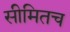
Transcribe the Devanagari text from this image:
सीमितच